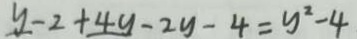
y - 2 + 4 y - 2 y - 4 = y ^ { 2 } - 4